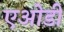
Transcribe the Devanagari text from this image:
एओडी